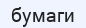
бумаги